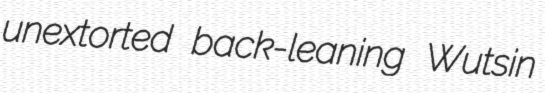
unextorted back-leaning Wutsin